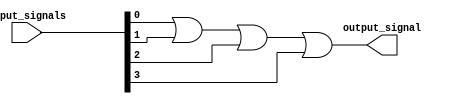
module four_input_OR_gate (
    input [3:0] input_signals,
    output output_signal
);

assign output_signal = input_signals[0] | input_signals[1] | input_signals[2] | input_signals[3];

endmodule